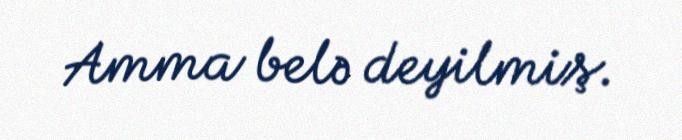
Amma belə deyilmiş.